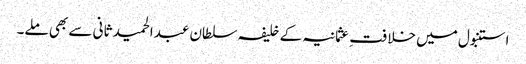
استنبول میں خلافت ِ عثمانیہ کے خلیفہ سلطان عبدالحمید ثانی سے بھی ملے۔